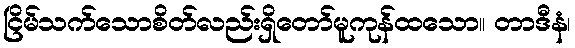
ငြိမ်သက်သောစိတ်လည်းရှိတော်မူကုန်ထသော။ တာဒီနံ၊